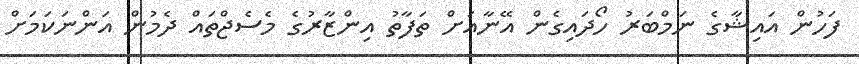
ފަހުން އައިޝާގެ ނަމްބަރު ހޯދައިގެން އޭނާއަށް ތަފާތު އިންޒާރުގެ މެސެޖްތައް ދެމުން އަންނަކަަމަށް